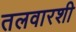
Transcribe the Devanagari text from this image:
तलवारशी